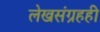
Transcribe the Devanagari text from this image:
लेखसंग्रहही